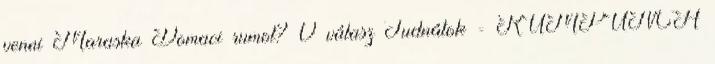
venni Maraska Domaci rumot? 0 válasz Tudnátok - RUMPUNCH